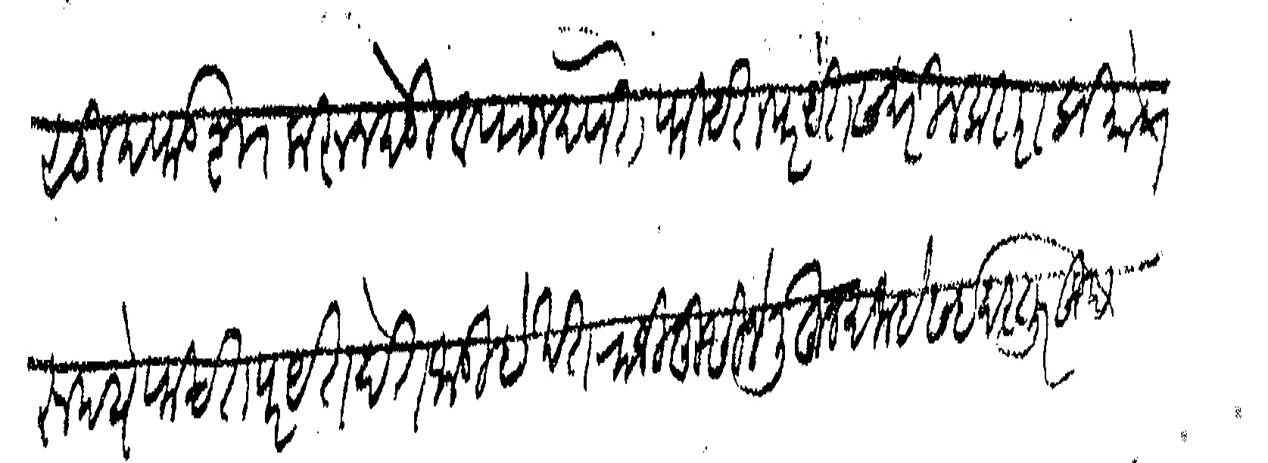
Transliteration (Devanagari): सु फडशा करून देऊ व्याज देणे ते फिटतपरयंत सदरील कराराप्रमाणे रुपये फिटतपरयत देत जाऊ हे खत राजीखुसीने लिहून दिल्हे सई दस्तुरखुद